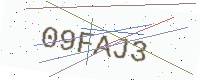
Text: 09FAJ3